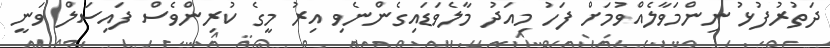
ދަތުރުފުޅު ނިންމަވާލެއްވުމަށް ފަހު މިއަދު މާލެވަޑައިގެންނެވި އިރު މީގެ ކުރިންވެސް ފައިސަލް ވަނީ